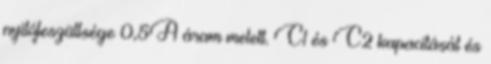
nyitófeszültsége 0,5A áram melett. C1 és C2 kapacitását és